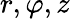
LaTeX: r,\varphi,z